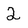
Character: 2